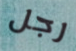
رجل